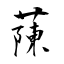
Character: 蔯